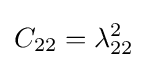
C_{22}=\lambda _{22}^{2}